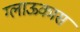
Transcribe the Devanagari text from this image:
ग्लाऊकास